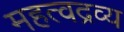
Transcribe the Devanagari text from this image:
महत्वद्रव्य